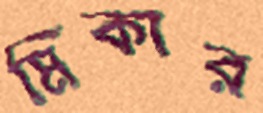
মিকার